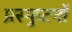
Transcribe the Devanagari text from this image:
प्रस्फुटनों